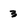
Character: 3